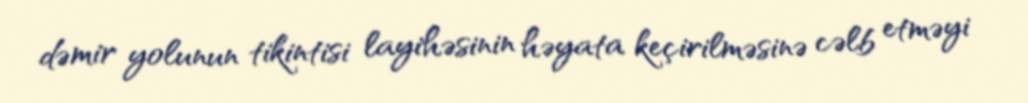
dəmir yolunun tikintisi layihəsinin həyata keçirilməsinə cəlb etməyi